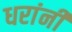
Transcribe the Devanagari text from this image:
धरांनी